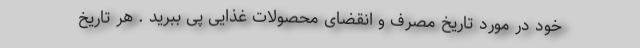
خود در مورد تاریخ مصرف و انقضای محصولات غذایی پی ببرید . هر تاریخ